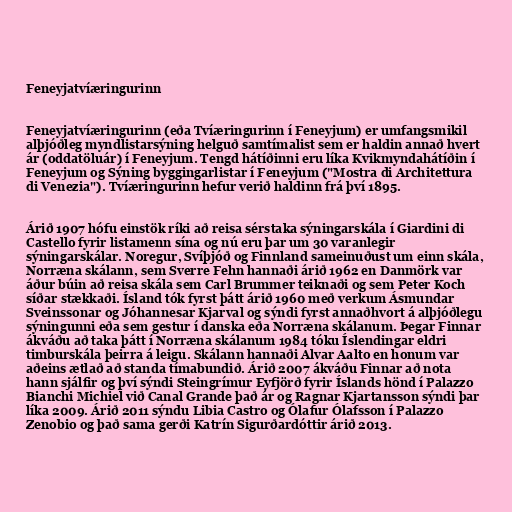
Feneyjatvíæringurinn

Feneyjatvíæringurinn (eða Tvíæringurinn í Feneyjum) er umfangsmikil
alþjóðleg myndlistarsýning helguð samtímalist sem er haldin annað hvert
ár (oddatöluár) í Feneyjum. Tengd hátíðinni eru líka Kvikmyndahátíðin í
Feneyjum og Sýning byggingarlistar í Feneyjum ("Mostra di Architettura
di Venezia"). Tvíæringurinn hefur verið haldinn frá því 1895.

Árið 1907 hófu einstök ríki að reisa sérstaka sýningarskála í Giardini di
Castello fyrir listamenn sína og nú eru þar um 30 varanlegir
sýningarskálar. Noregur, Svíþjóð og Finnland sameinuðust um einn skála,
Norræna skálann, sem Sverre Fehn hannaði árið 1962 en Danmörk var
áður búin að reisa skála sem Carl Brummer teiknaði og sem Peter Koch
síðar stækkaði. Ísland tók fyrst þátt árið 1960 með verkum Ásmundar
Sveinssonar og Jóhannesar Kjarval og sýndi fyrst annaðhvort á alþjóðlegu
sýningunni eða sem gestur í danska eða Norræna skálanum. Þegar Finnar
ákváðu að taka þátt í Norræna skálanum 1984 tóku Íslendingar eldri
timburskála þeirra á leigu. Skálann hannaði Alvar Aalto en honum var
aðeins ætlað að standa tímabundið. Árið 2007 ákváðu Finnar að nota
hann sjálfir og því sýndi Steingrímur Eyfjörð fyrir Íslands hönd í Palazzo
Bianchi Michiel við Canal Grande það ár og Ragnar Kjartansson sýndi þar
líka 2009. Árið 2011 sýndu Libia Castro og Ólafur Ólafsson í Palazzo
Zenobio og það sama gerði Katrín Sigurðardóttir árið 2013.